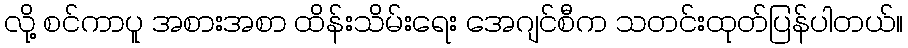
လို့ စင်ကာပူ အစားအစာ ထိန်းသိမ်းရေး အေဂျင်စီက သတင်းထုတ်ပြန်ပါတယ်။